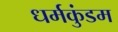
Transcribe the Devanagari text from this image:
धर्मकुंडम